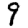
Digit: 9